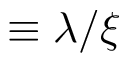
\equiv \lambda / \xi